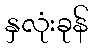
နှလုံးခုန်